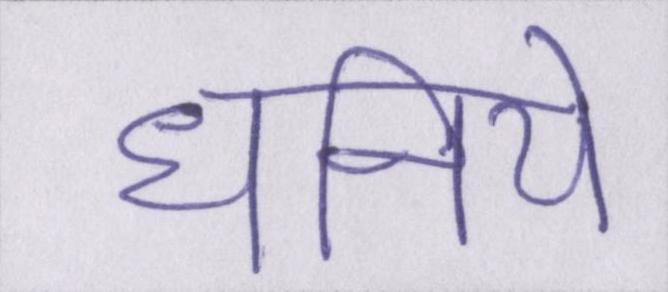
धनिये